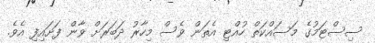
ސިސްޓަމުގެ މަސައްކަތް ހުއްޓި އެތަން ވެސް މިހާރު ދަބަރަށް ވާން ފަށައިފި އެވެ.